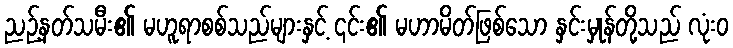
ညဉ့်နတ်သမီး၏ မဟူရာစစ်သည်များနှင့် ၎င်း၏ မဟာမိတ်ဖြစ်သော နှင်းမှုန်တို့သည် လုံးဝ